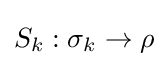
S_{k}:\sigma _{k}\to \rho